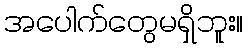
အပေါက်တွေမရှိဘူး။